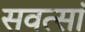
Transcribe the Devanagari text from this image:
सवत्सां